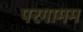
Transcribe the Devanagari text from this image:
परगामम